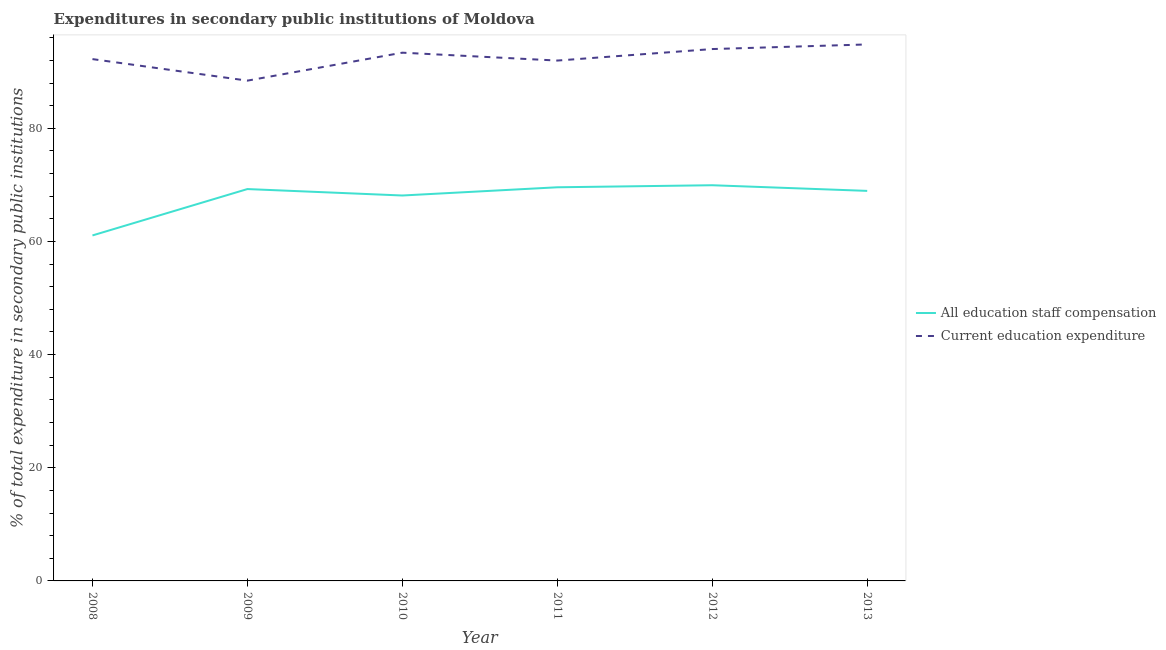
| Year | All education staff compensation | Current education expenditure |
 | --- | --- | --- |
 | 2008 | 61.1 | 92.2 |
 | 2009 | 69.3 | 88.4 |
 | 2010 | 68.1 | 93.4 |
 | 2011 | 69.6 | 92 |
 | 2012 | 69.9 | 94 |
 | 2013 | 68.9 | 94.8 |